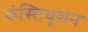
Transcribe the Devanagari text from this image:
कंस्टियूशन